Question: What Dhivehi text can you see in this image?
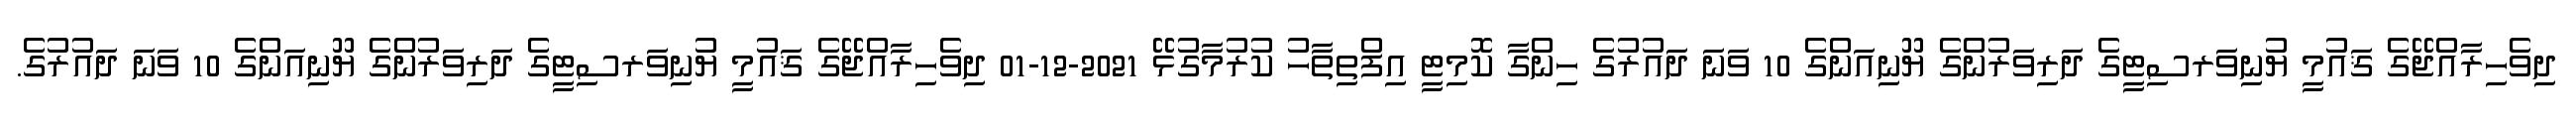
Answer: ދިވެހިރާއްޖޭގެ ޤައުމީ ޔުނިވަރސިޓީގެ ދަރިވަރުންގެ ޔޫނިއަންގެ 10 ވަނަ ދައުރުގެ ހިންގާ ކޮމިޓީ އިފްތިތާހު ކުރުމާގުޅޭ 2021-12-01 ދިވެހިރާއްޖޭގެ ޤައުމީ ޔުނިވަރސިޓީގެ ދަރިވަރުންގެ ޔޫނިއަންގެ 10 ވަނަ ދައުރުގެ.